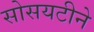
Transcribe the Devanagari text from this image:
सोसयटीने